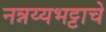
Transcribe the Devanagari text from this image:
नन्नय्यभट्टाचे